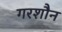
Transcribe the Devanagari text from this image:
गरशौन